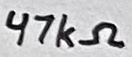
Text: 47kΩ